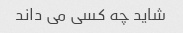
شاید چه کسی می داند